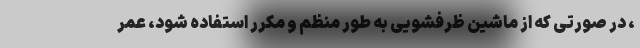
، در صورتی که از ماشین ظرفشویی به طور منظم و مکرر استفاده شود، عمر